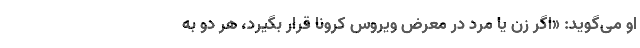
او می‌گوید: «اگر زن یا مرد در معرض ویروس کرونا قرار بگیرد، هر دو به